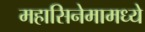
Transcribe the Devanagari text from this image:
महासिनेमामध्ये